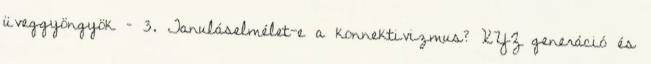
üveggyöngyök – 3. Tanuláselmélet-e a konnektivizmus? XYZ generáció és